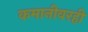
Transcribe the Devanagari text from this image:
कमानीवरही